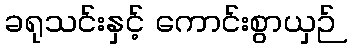
ခရုသင်းနှင့် ကောင်းစွာယှဉ်